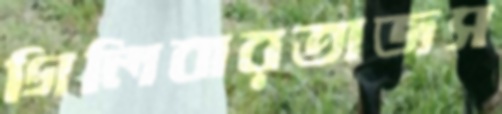
গিলিবারতাজস